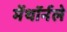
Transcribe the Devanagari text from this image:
मेंथॉर्नले